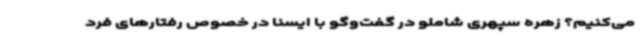
می‌کنیم؟ زهره سپهری شاملو در گفت‌وگو با ایسنا در خصوص رفتارهای فرد